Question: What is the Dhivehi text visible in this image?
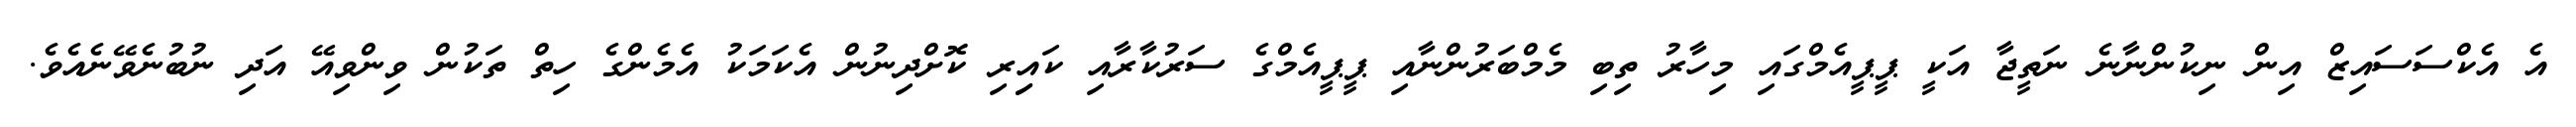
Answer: އެ އެކްސަސައިޒް އިން ނިކުންނާނެ ނަތީޖާ އަކީ ޕީޕީއެމްގައި މިހާރު ތިބި މެމްބަރުންނާއި ޕީޕީއެމްގެ ސަރުކާރާއި ކައިިރި ކޮށްދިނުން އެކަމަކު އެމެންގެ ހިތް ތަކުން ވިންވިއޭ އަދި ނުބުނެވޭނެއެވެ.